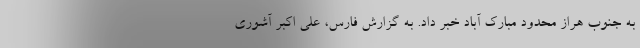
به جنوب هراز محدود مبارک آباد خبر داد. به گزارش فارس، علی اکبر آشوری